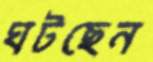
ঘটছেন